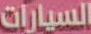
السيارات